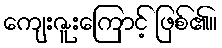
ကျေးဇူးကြောင့် ဖြစ်၏။